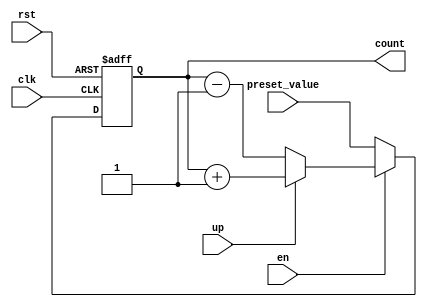
module Counter(
    input wire clk,
    input wire rst,
    input wire en,
    input wire up,
    input wire [31:0] preset_value,
    output reg [31:0] count
);

always @(posedge clk or posedge rst) begin
    if (rst) begin
        count <= 0;
    end else if (en) begin
        if (up) begin
            count <= count + 1;
        end else begin
            count <= count - 1;
        end
    end else begin
        count <= preset_value;
    end
end

endmodule